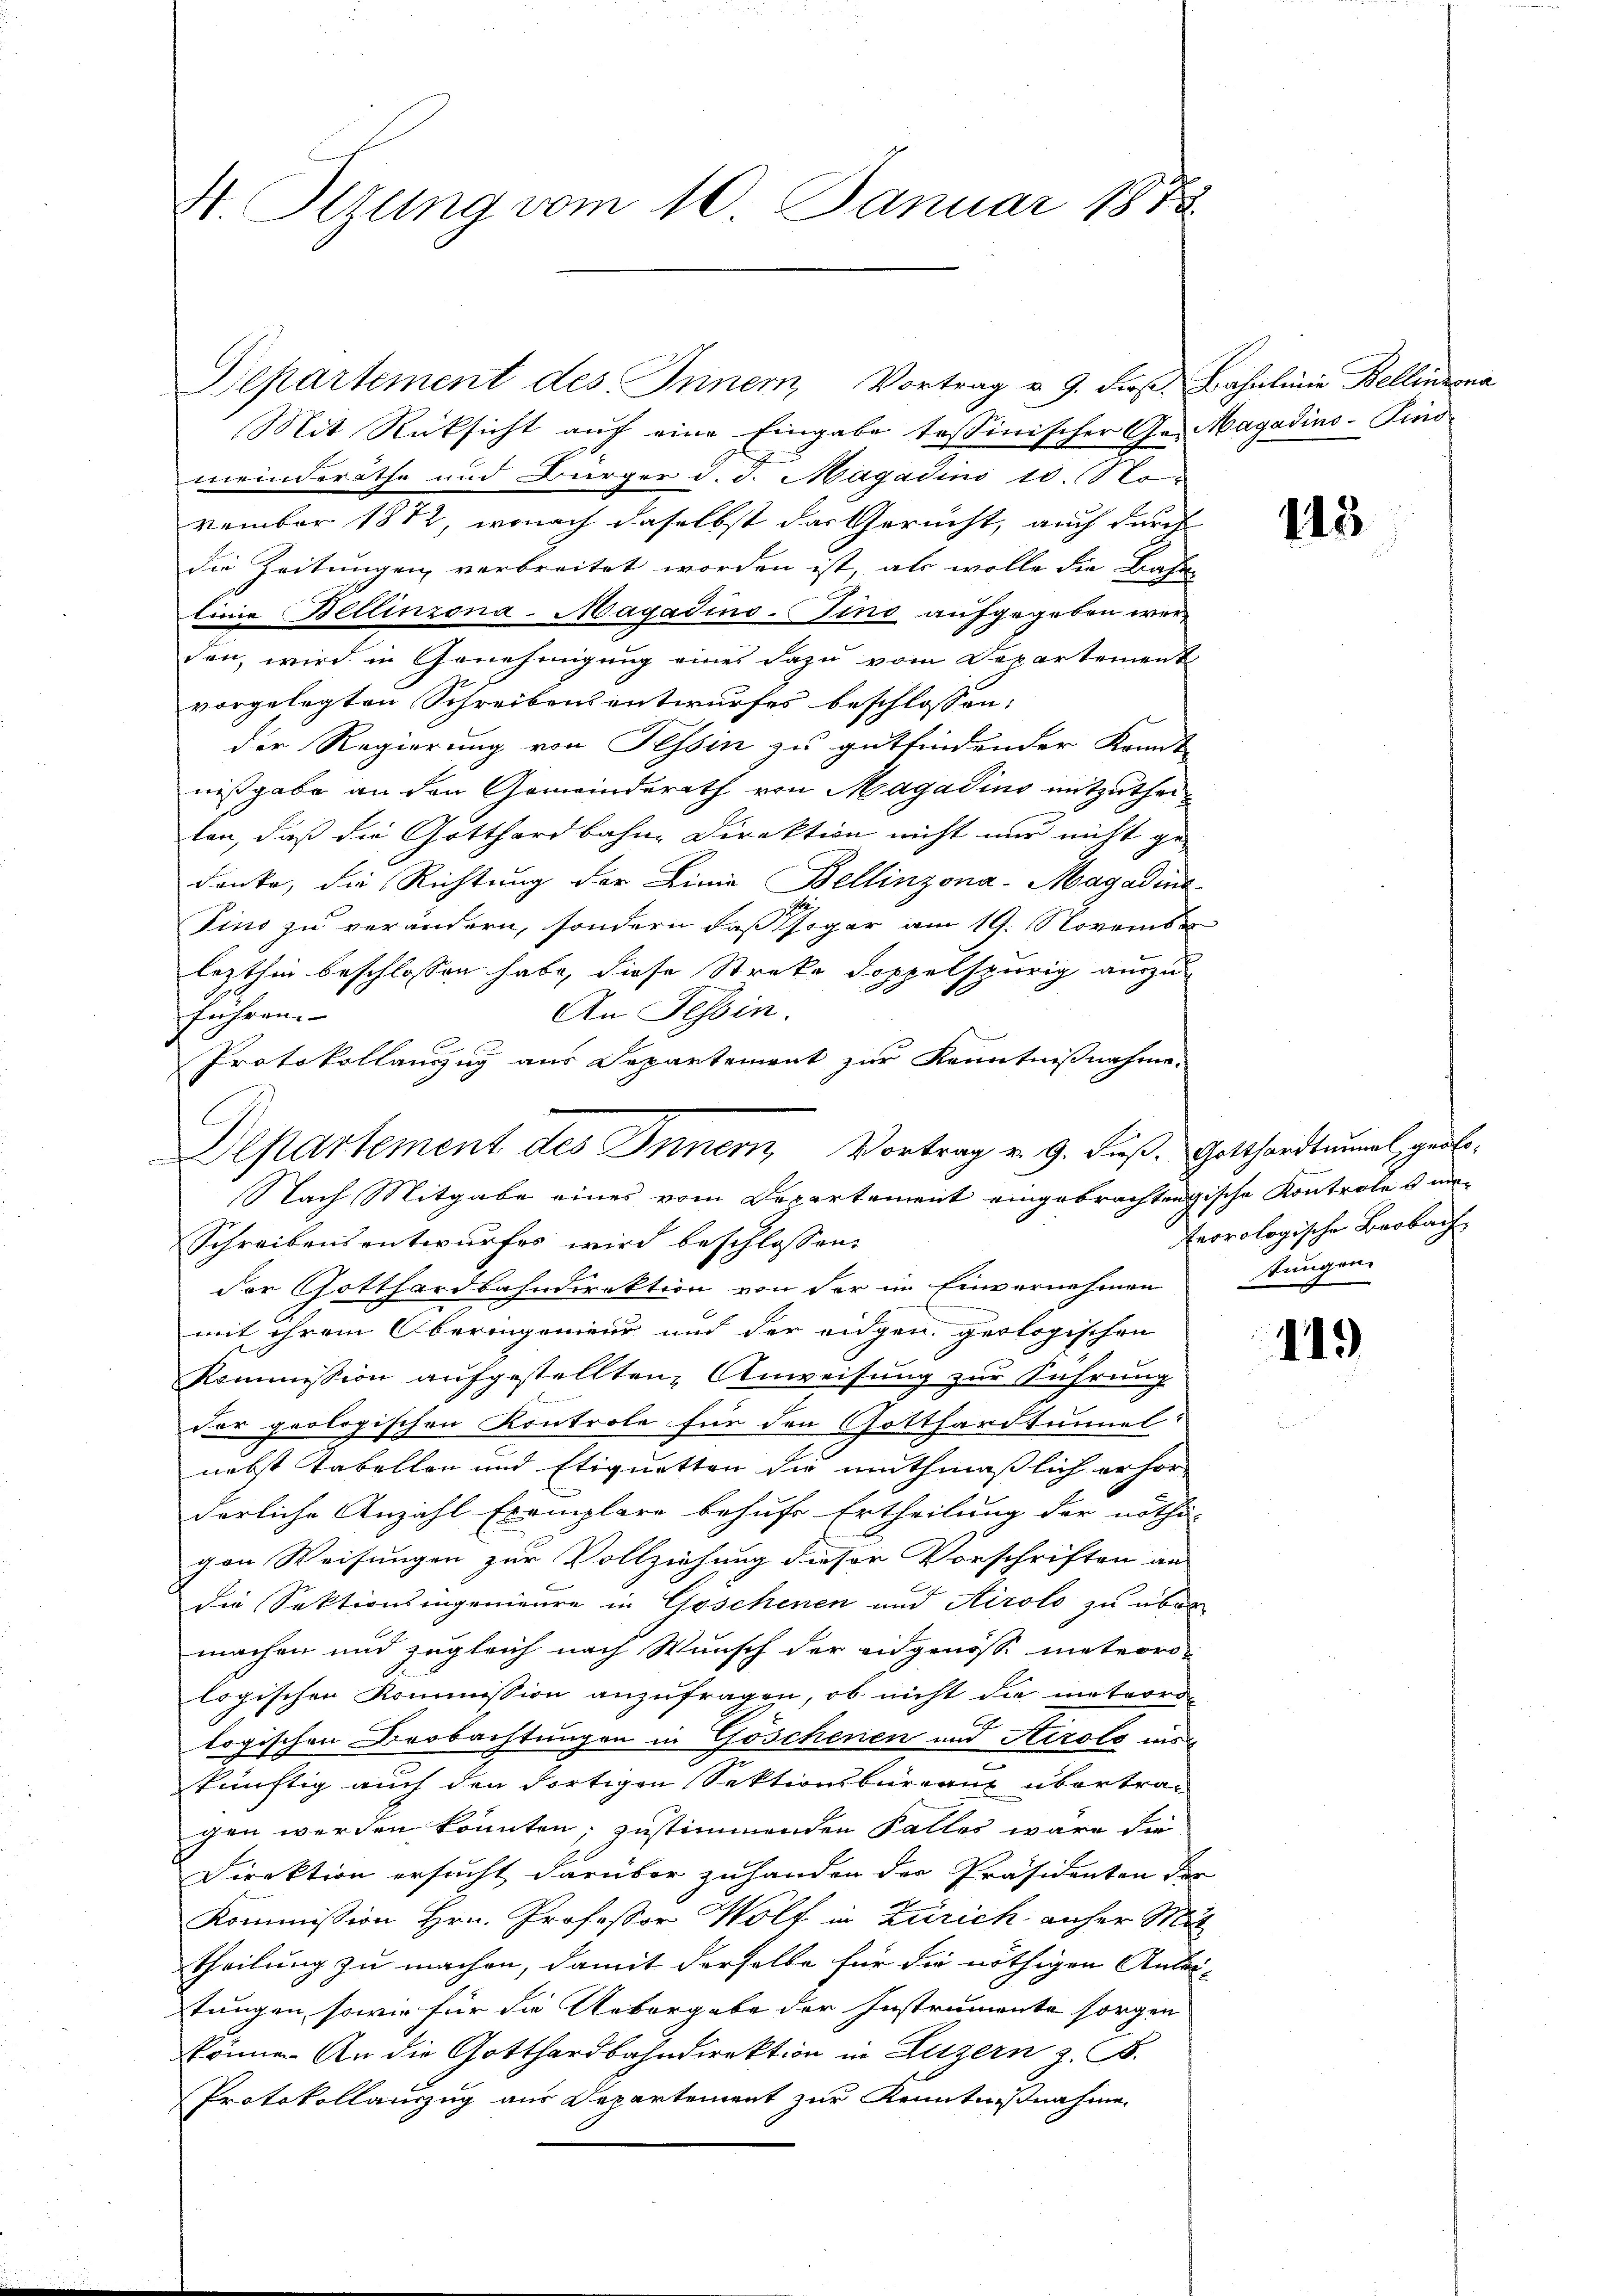
V. Sizung vom 10. Januar 1873.

Mit Rücksicht auf eine Eingabe tessinischer Ge- Magadins-Find
meinderäthe und Bürger d. J. Magadini 10. (o
vember 1872, wonach daselbst das Gericht, auch durch
die Zeitungen verbreitet worden ist, als wolle die Bahn-
linie Bellinzona-Magadino-Tino aufgegeben werden, wird in Genehmigung eines dazu vom Departement
vorgelegten Schreibensentwurfes beschlossen,
der Regierung von Tessin zu gutfindender Kant
nißgabe an den Gemeinderath von Magadins mitzutheilon, daß die Gotthardbahne Direktion nicht nur nicht ge-
denke, die Richtung der Linie Bellinzona - Magadina
Pins zu verändern, sondern daß sogar am 19. November
lezthin beschlossen habe, diese Streke doppelspurig auszu¬
An Tessin.
führen.
C
Protokollauszug aus Departement zur Kenntnißnahme.
der Gotthardbahndirektion von der im Einvernehmen
mit ihrem Oberingenieur und der eidgen. geologischen
Kommission aufgestellten Anweisung zur Führung
der geologischen Kontrole für den Gotthardtunnel
nebst Tabellen und Etiquetten die muthmaßlich erfor-
derliche Anzahl Exemplare behufe Ertheilung der nothi-
gen Weisungen zur Vollziehung dieser Vorschriften an
h
die Sektionsingenieure in Goschenen und Airolo zu über
machen und zugleich nach Wunsch der eidgenösse meteoro-
logischen Kommission anzufragen, ob nicht die meteoro
logischen Beobachtungen in Göschenen und Airolo ins
.
künftig auch den dortigen Sektionsbüreau übertragen werden könnten, zustimmenden Falles wäre die
Direktion ersucht darüber zuhanden der Präsidenten de
Kommission Hrn. Professor Wolf in Zürich anher Matheilung zu machen, damit derselbe für die nöthigen Antr
tungen, sowie für die Uebergabe der Instrumente sorgen
können. An die Gotthardbahndirektion in Luzern z. B.
Protokollauszug aus Departement zur Kenntnißnahme

Departement des Inner, Vortrag v. 9. dieß Bahnlinie Bellinzona

Departement des Innern, Vortrag v. 9. Fuß.
Nach Mitgabe eines vom Departement eingebrachtengische Kontrole m
Schreibensentwurfes wird beschlossen:

n

115

Gotthardtmunal, geoloteorologische Beobach
tungen.

119